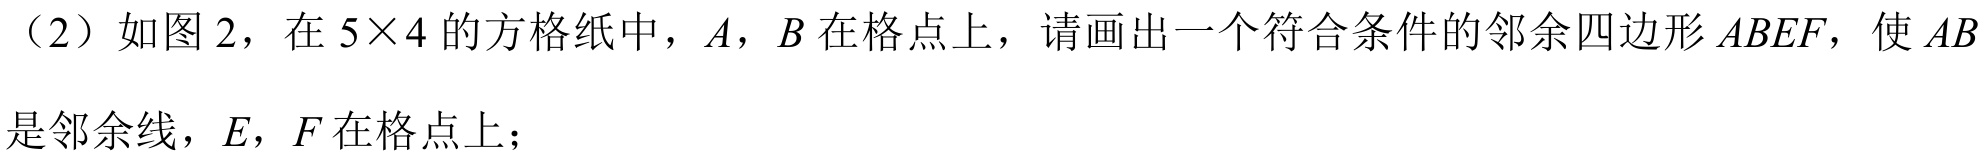
（2）如图2，在$5\times4$的方格纸中，$A,B$在格点上，请画出一个符合条件的邻余四边形$ABEF$，使$AB$
是邻余线，$E,F$在格点上；